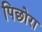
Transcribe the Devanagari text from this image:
पिछोरा